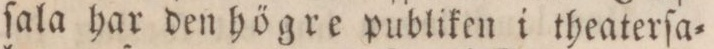
ſala har den högre publiken i theaterſa=